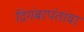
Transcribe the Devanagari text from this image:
दिगंबरपंतांवर